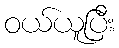
ဝယ်ယူပြီး